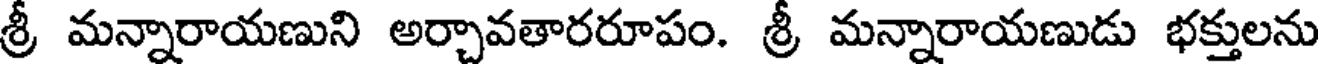
శ్రీ మన్నారాయణుని అర్చావతారరూపం. శ్రీ మన్నారాయణుడు భక్తులను